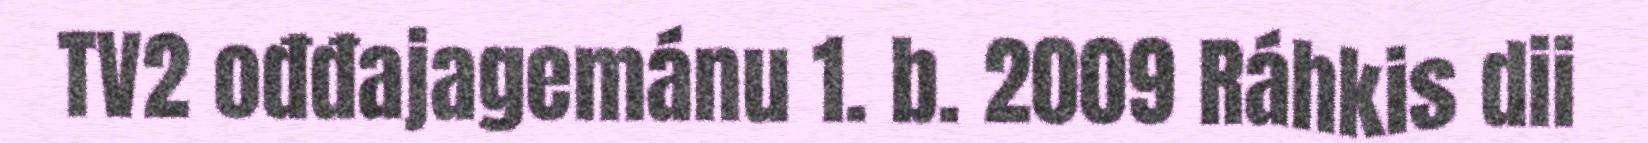
TV2 ođđajagemánu 1. b. 2009 Ráhkis dii